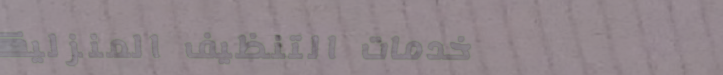
خدمات التنظيف المنزلية